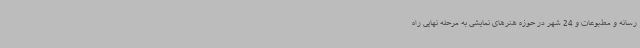
رسانه و مطبوعات و 24 شهر در حوزه هنرهای نمایشی به مرحله نهایی راه